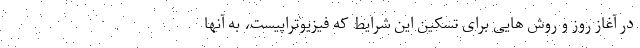
در آغاز روز و روش هایی برای تسکین این شرایط که فیزیوتراپیست، به آنها